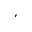
^ \prime